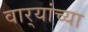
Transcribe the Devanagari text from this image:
वार्‍यांच्या